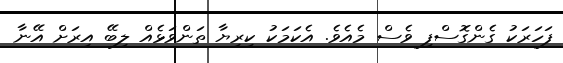
ފަހަރަކު ގެންގޮސްފި ވެސް މެއެވެ. އެކަމަކު ކިރިޔާ ތަންވަޅެއް ލިބޭ އިރަށް އޭނާ